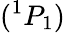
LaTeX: (^{1}P_{1})